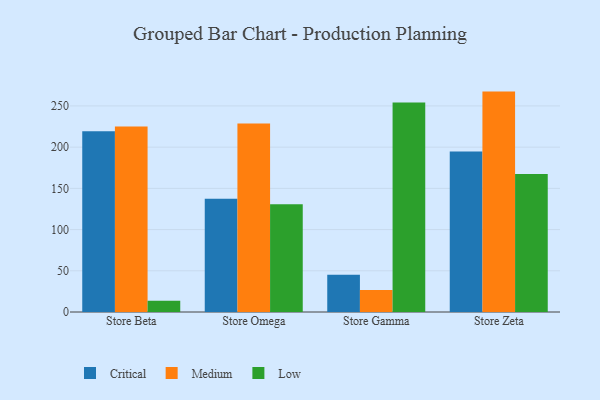
{"axis": {"x": "Store", "y": "Page Views"}, "legend": ["Critical", "Low", "Medium"], "data": [{"x": "Store Beta", "y": 219.3, "type": "Critical"}, {"x": "Store Beta", "y": 225.1, "type": "Medium"}, {"x": "Store Beta", "y": 13.6, "type": "Low"}, {"x": "Store Omega", "y": 137.5, "type": "Critical"}, {"x": "Store Omega", "y": 228.6, "type": "Medium"}, {"x": "Store Omega", "y": 130.6, "type": "Low"}, {"x": "Store Gamma", "y": 45.2, "type": "Critical"}, {"x": "Store Gamma", "y": 26.6, "type": "Medium"}, {"x": "Store Gamma", "y": 254.1, "type": "Low"}, {"x": "Store Zeta", "y": 194.7, "type": "Critical"}, {"x": "Store Zeta", "y": 267.4, "type": "Medium"}, {"x": "Store Zeta", "y": 167.5, "type": "Low"}]}